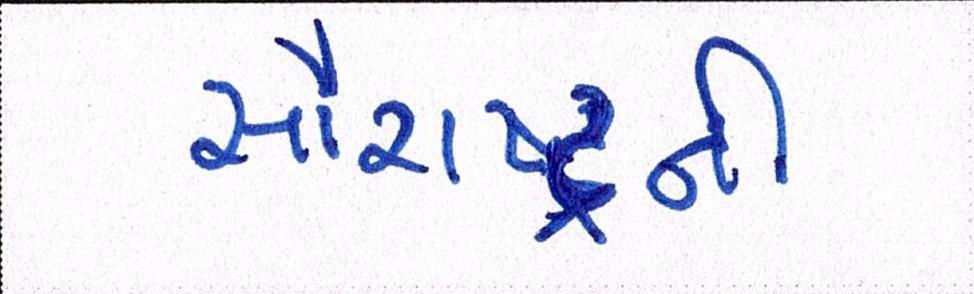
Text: સૌરાષ્ટ્રની